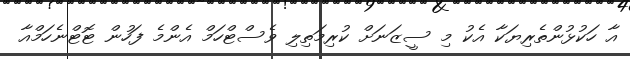
އާ ހަކުޅުންތެރިޔަކާ އެކު މި ސީޒަނަށް ކުރިމަތިލި ވެސްޓްހަމް އެންމެ ފަހުން ޓޮޓްނެހަމްއާ